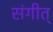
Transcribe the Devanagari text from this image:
संगीत्